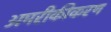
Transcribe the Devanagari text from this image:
अमरीकीकरण